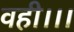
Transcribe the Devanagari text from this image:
वही।।।